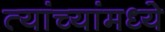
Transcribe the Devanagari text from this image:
त्यांच्यांमध्ये